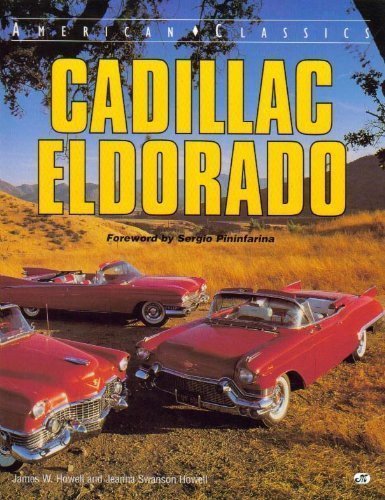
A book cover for Cadillac Eldorado (American Classics); James W. Howell; Engineering & Transportation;